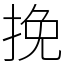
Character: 挽